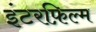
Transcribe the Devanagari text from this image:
इंटरफ़िल्म